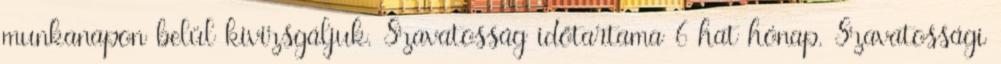
munkanapon belül kivizsgáljuk. Szavatosság időtartama 6 hat hónap. Szavatossági